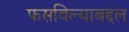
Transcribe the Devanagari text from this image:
फसविल्याबद्दल